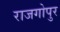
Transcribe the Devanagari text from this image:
राजगोपुर